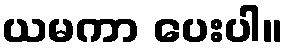
ယမကာ ပေးပါ။